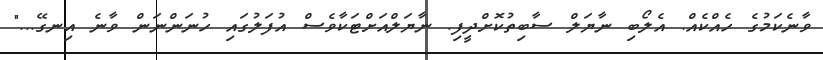
ވާނެކަމުގެ ހެއްކެއް. އެލޯބި ނާޔަލް ސާބިތުކޮށްދީފި. ނާޔަލްއަށްޓަކާވެސް އުފަލުގައި ހުނަންނަން ވާނެ އިނގޭ..."